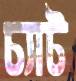
চ্যাট